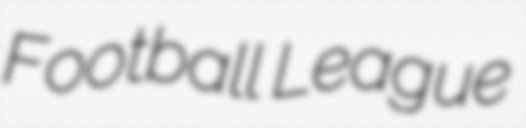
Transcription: Football League